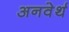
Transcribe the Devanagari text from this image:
अनवेर्थ